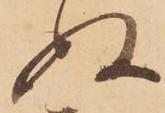
ぬ